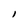
Character: l